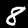
Label: 8